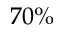
7 0 \%